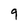
Character: 9